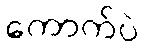
ကောက်ပဲ